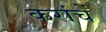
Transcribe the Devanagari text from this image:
करांचें